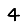
Digit: 4